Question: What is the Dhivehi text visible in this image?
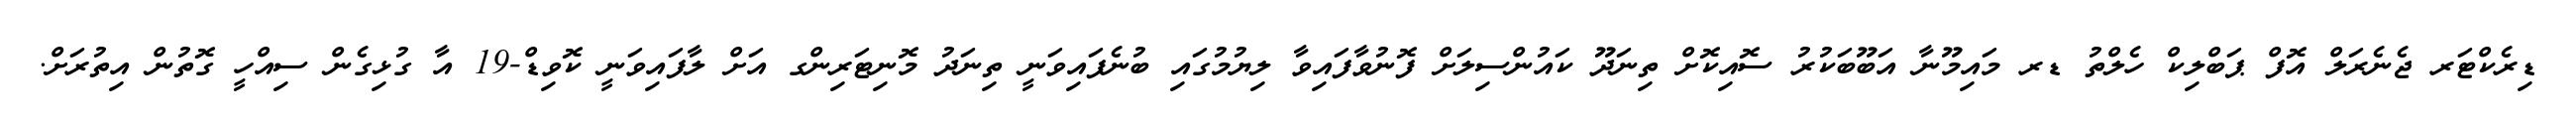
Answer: ޑިރެކްޓަރ ޖެނެރަލް އޮފް ޕަބްލިކް ހެލްތު ޑރ މައިމޫނާ އަބޫބަކުރު ސޮއިކޮށް ތިނަދޫ ކައުންސިލަށް ފޮނުވާފައިވާ ލިޔުމުގައި ބުނެފައިވަނީ ތިނަދު މޮނިޓަރިންގ އަށް ލާފައިވަނީ ކޮވިޑް-19 އާ ގުޅިގެން ސިއްހީ ގޮތުން އިތުރަށް.